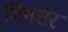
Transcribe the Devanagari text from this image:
मिंगसर